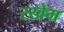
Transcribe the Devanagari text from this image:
रखेम